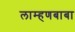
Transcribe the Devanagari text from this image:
लाम्हणबाबा